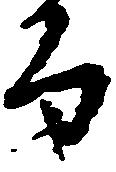
而